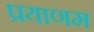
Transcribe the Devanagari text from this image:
प्रयाणम